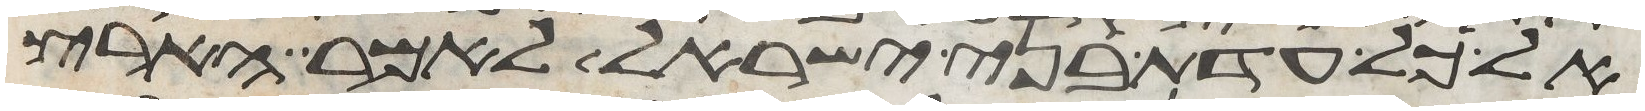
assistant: אל כל עדת בני ישראל לאמר הארץ